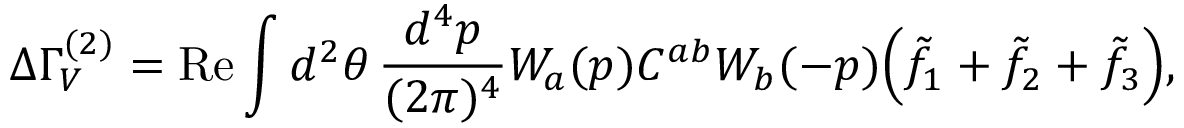
\Delta \Gamma _ { V } ^ { ( 2 ) } = \mathrm { R e } \int d ^ { 2 } \theta \, \frac { d ^ { 4 } p } { ( 2 \pi ) ^ { 4 } } W _ { a } ( p ) C ^ { a b } W _ { b } ( - p ) \Big ( \tilde { f } _ { 1 } + \tilde { f } _ { 2 } + \tilde { f } _ { 3 } \Big ) ,